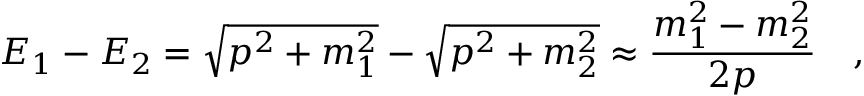
E _ { 1 } - E _ { 2 } = \sqrt { p ^ { 2 } + m _ { 1 } ^ { 2 } } - \sqrt { p ^ { 2 } + m _ { 2 } ^ { 2 } } \approx \frac { m _ { 1 } ^ { 2 } - m _ { 2 } ^ { 2 } } { 2 p } \quad ,